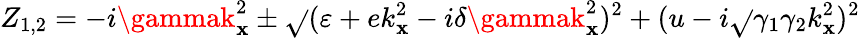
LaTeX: Z_{1,2}=-i\gammak_{\mathbf{x}}^{2}\pm\sqrt{}{{(\varepsilon+ek_{\mathbf{x}}^{2}-i\delta\gammak_{\mathbf{x}}^{2})^{2}+(u-i\sqrt{}{{\gamma_{1}\gamma_{2}}}k_{\mathbf{x}}^{2})^{2}}}